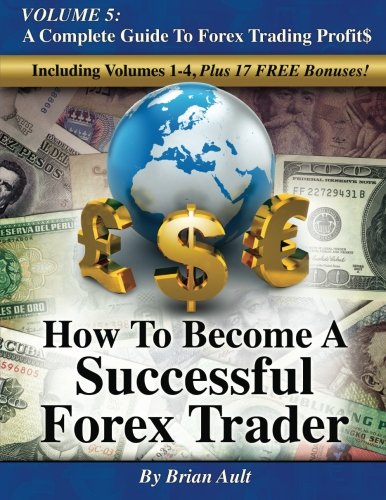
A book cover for How To Become A Successful Forex Trader: Volume 5: A Complete Guide To Forex Trading Profit$; Brian Ault; Business & Money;